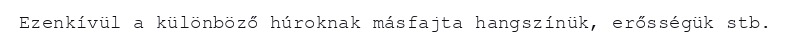
Ezenkívül a különböző húroknak másfajta hangszínük, erősségük stb.